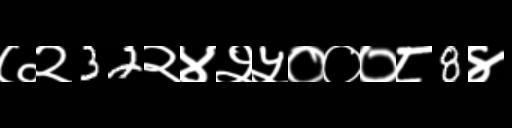
Text: ७२32२४२५०००८8४